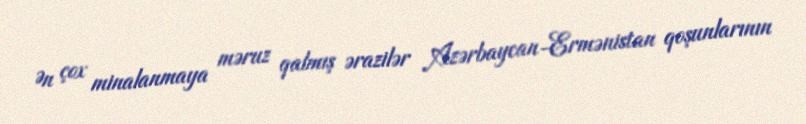
Ən çox minalanmaya məruz qalmış ərazilər Azərbaycan-Ermənistan qoşunlarının